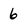
Character: 6